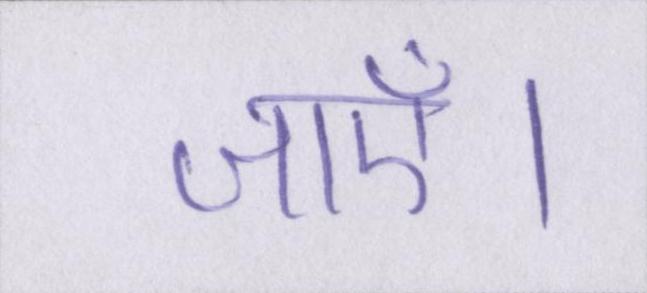
जाएँ।